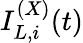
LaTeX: I_{L,i}^{(X)}(t)